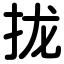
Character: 拢